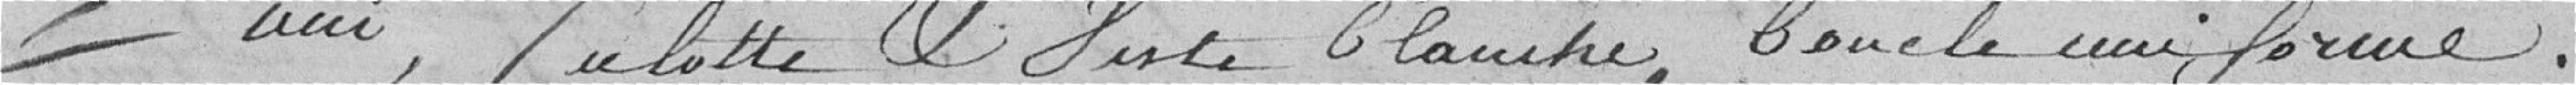
uni, culotte et veste blanche, boucle uniforme;